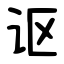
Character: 讴